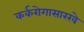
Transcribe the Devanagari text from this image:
कर्करोगासारखे